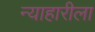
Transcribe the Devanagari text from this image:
न्याहारीला